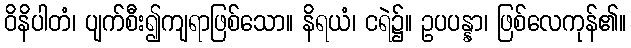
ဝိနိပါတံ၊ ပျက်စီး၍ကျရာဖြစ်သော။ နိရယံ၊ ငရဲ၌။ ဥပပန္နာ၊ ဖြစ်လေကုန်၏။